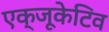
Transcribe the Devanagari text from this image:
एक्‍जूकेटिव